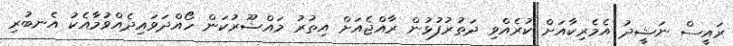
ރައީސް ނަޝީދު އެމެރިކާއަށް ކުރެއްވި ދަތުރުފުޅުން ރާއްޖެއަށް އިތުރު މައްޝޫރުކަން ހޯއްދަވައިދެއްވުމާއެކު އެނބުރި